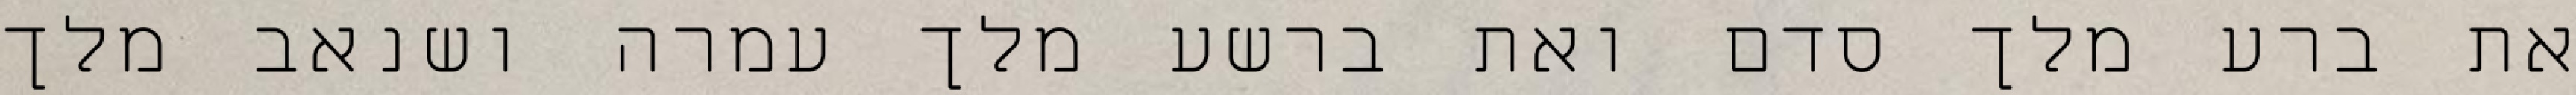
את ברע מלך סדם ואת ברשע מלך עמרה ושנאב מלך